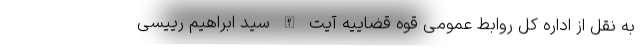
به نقل از اداره کل روابط عمومی قوه قضاییه آیت الله سید ابراهیم رییسی